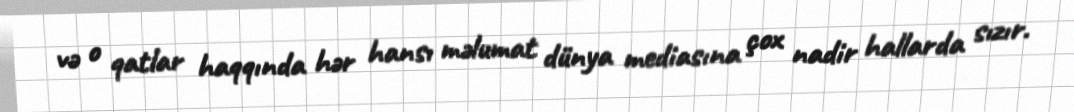
və o qatlar haqqında hər hansı məlumat dünya mediasına çox nadir hallarda sızır.